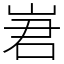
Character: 㟒